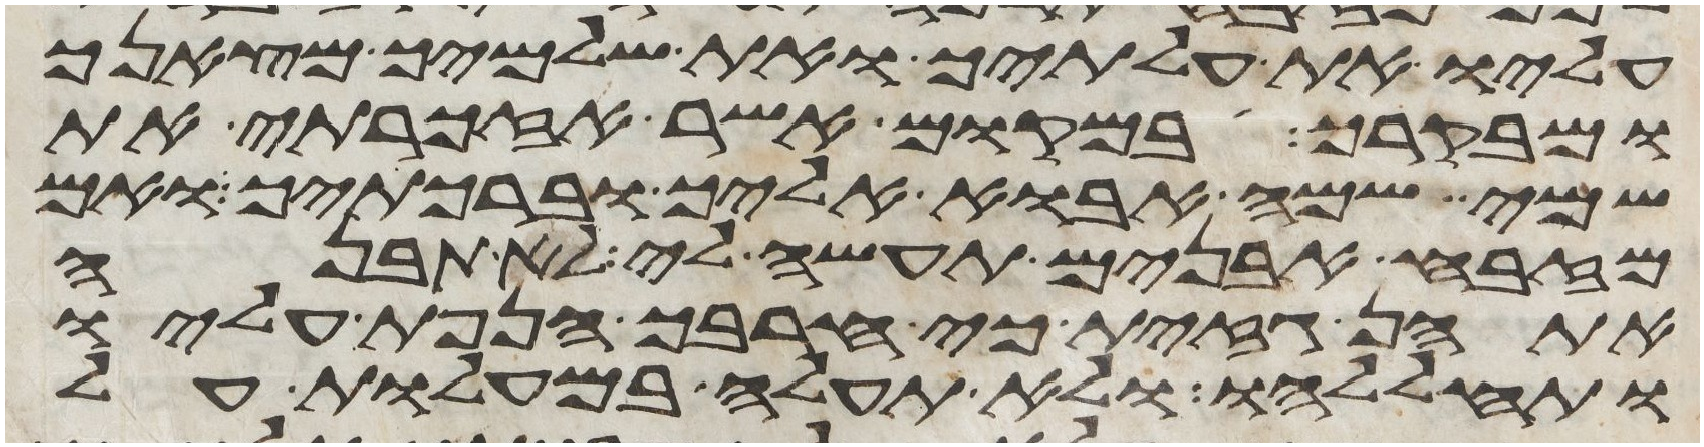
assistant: עליו את עלתיך ואת שלמיך מצאנך
ומבקרך ובמקום אשר אזכרתי את
שמי שמה אבוא אליך וברכתיך ואם
מזבח אבנים תעשה לי לא תבנה
אתהן גזית כי חרבך הנפת עליו
ותחללהו ולא תעלה במעלות על